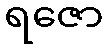
ရဇော